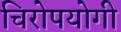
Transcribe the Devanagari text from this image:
चिरोपयोगी